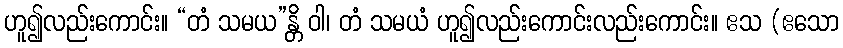
ဟူ၍လည်းကောင်း။ “တံ သမယ”န္တိ ဝါ၊ တံ သမယံ ဟူ၍လည်းကောင်းလည်းကောင်း။ ဧသ (ဧသော